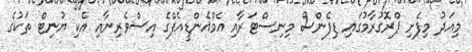
މިއަދު މިފެށި ޕްރޮގުރާމުގައި ޑިފެންސް މިނިސްޓަރާއި އެމްއެންޑީއެފްގެ އިސްވެރިނާއި އެކި ޔުނިޓް ތަކުގެ